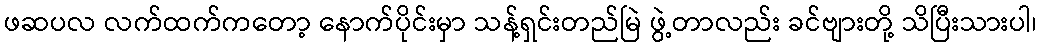
ဖဆပလ လက်ထက်ကတော့ နောက်ပိုင်းမှာ သန့်ရှင်းတည်မြဲ ဖွဲ့တာလည်း ခင်ဗျားတို့ သိပြီးသားပါ၊